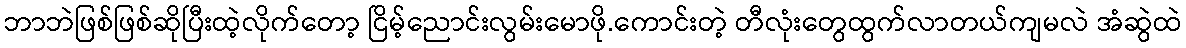
ဘာဘဲဖြစ်ဖြစ်ဆိုပြီးထဲ့လိုက်တော့ ငြိမ့်ညောင်းလွမ်းမောဖို.ကောင်းတဲ့ တီလုံးတွေထွက်လာတယ်ကျမလဲ အံဆွဲထဲ